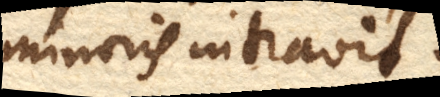
minoris intravit.